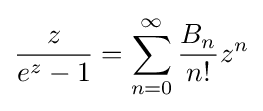
{\frac {z}{e^{z}-1}}=\sum _{n=0}^{\infty }{\frac {B_{n}}{n!}}z^{n}